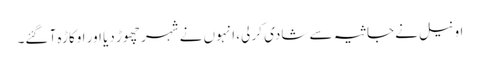
اونیل نے جاثیہ سے شادی کر لی، انہوں نے شہر چھوڑ دیا اور اوکاڑہ آ گئے۔